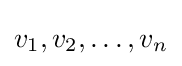
v_{1},v_{2},\dots ,v_{n}